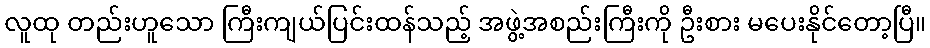
လူထု တည်းဟူသော ကြီးကျယ်ပြင်းထန်သည့် အဖွဲ့အစည်းကြီးကို ဦးစား မပေးနိုင်တော့ပြီ။